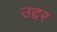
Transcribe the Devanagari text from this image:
उद्दर